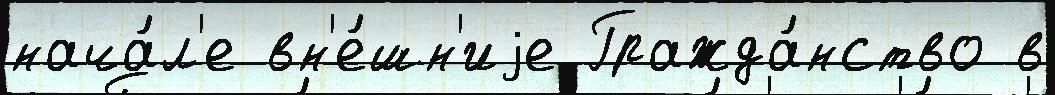
нача́л'е вн'е́шн'иjе Гражда́нство в